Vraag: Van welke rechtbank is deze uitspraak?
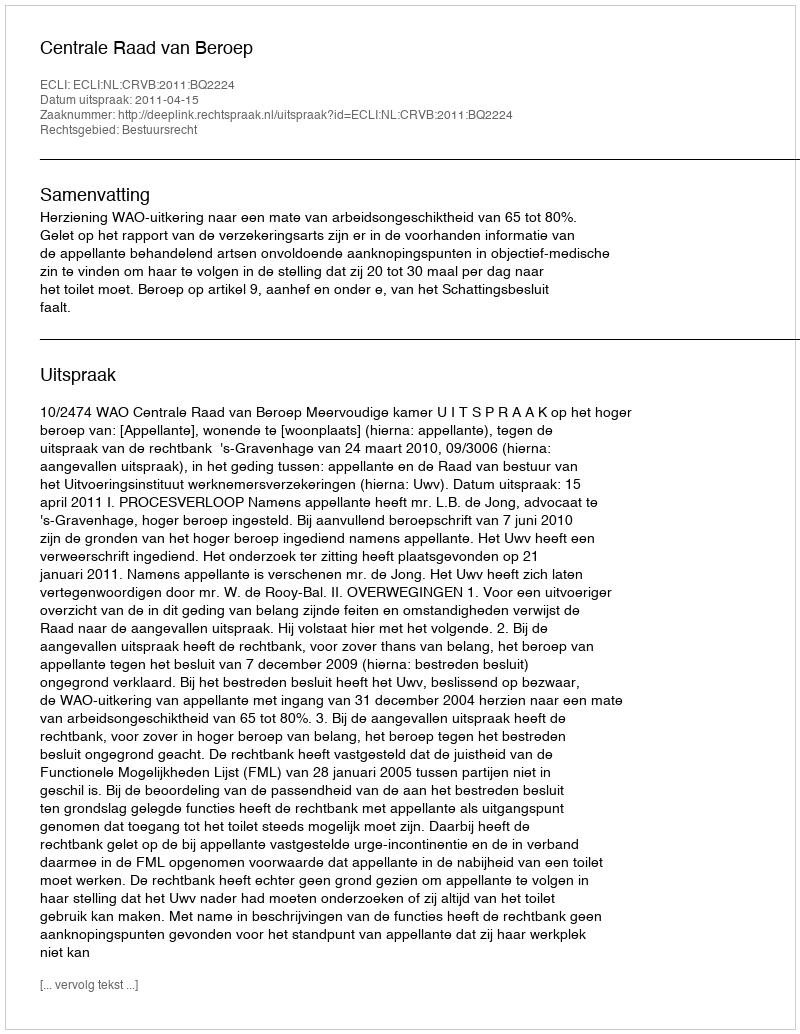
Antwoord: Centrale Raad van Beroep